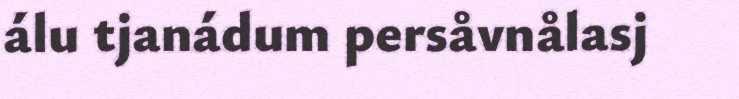
álu tjanádum persåvnålasj